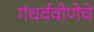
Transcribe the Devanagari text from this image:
गंधर्ववीणेचे